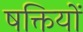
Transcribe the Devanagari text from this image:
षक्तियों